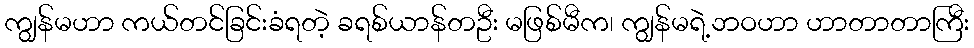
ကျွန်မဟာ ကယ်တင်ခြင်းခံရတဲ့ ခရစ်ယာန်တဦး မဖြစ်မီက၊ ကျွန်မရဲ့ဘဝဟာ ဟာတာတာကြီး